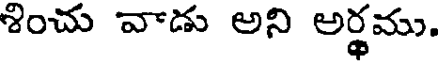
శించు వాడు అని అర్థము.